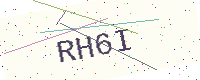
Text: RH6I